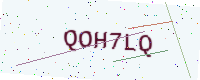
Text: QOH7LQ